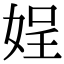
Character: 𡝚